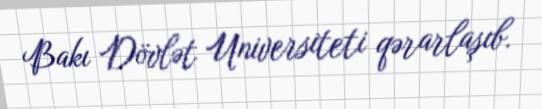
Bakı Dövlət Universiteti qərarlaşıb.